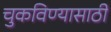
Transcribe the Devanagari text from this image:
चुकविण्यासाठी